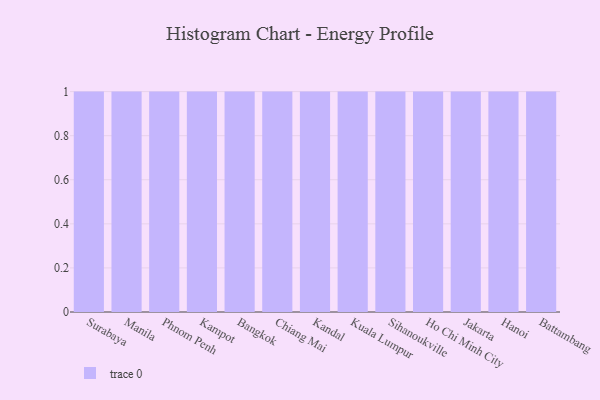
{"axis": {"x": "City", "y": "Inventory Turnover"}, "legend": [""], "data": [{"x": "Surabaya", "y": 1, "type": ""}, {"x": "Manila", "y": 98, "type": ""}, {"x": "Phnom Penh", "y": 99, "type": ""}, {"x": "Kampot", "y": 93, "type": ""}, {"x": "Bangkok", "y": 38, "type": ""}, {"x": "Chiang Mai", "y": 15, "type": ""}, {"x": "Kandal", "y": 93, "type": ""}, {"x": "Kuala Lumpur", "y": 82, "type": ""}, {"x": "Sihanoukville", "y": 3, "type": ""}, {"x": "Ho Chi Minh City", "y": 36, "type": ""}, {"x": "Jakarta", "y": 26, "type": ""}, {"x": "Hanoi", "y": 47, "type": ""}, {"x": "Battambang", "y": 39, "type": ""}]}